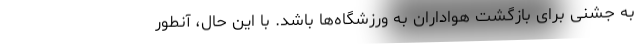
به جشنی برای بازگشت هواداران به ورزشگاه‌ها باشد. با این حال، آنطور